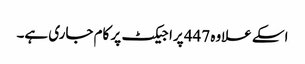
اسکے علاوہ 447 پراجیکٹ پر کام جاری ہے۔